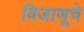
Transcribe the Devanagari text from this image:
विजाणूचे